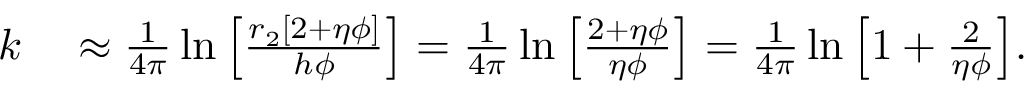
\begin{array} { r l } { k } & { { } \approx \frac { 1 } { 4 \pi } \ln { \left[ \frac { r _ { 2 } \left[ 2 + \eta \phi \right] } { h \phi } \right] } = \frac { 1 } { 4 \pi } \ln { \left[ \frac { 2 + \eta \phi } { \eta \phi } \right] } = \frac { 1 } { 4 \pi } \ln { \left[ 1 + \frac { 2 } { \eta \phi } \right] } . } \end{array}